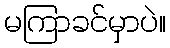
မကြာခင်မှာပဲ။